Leaving Certificate Examination, 1916
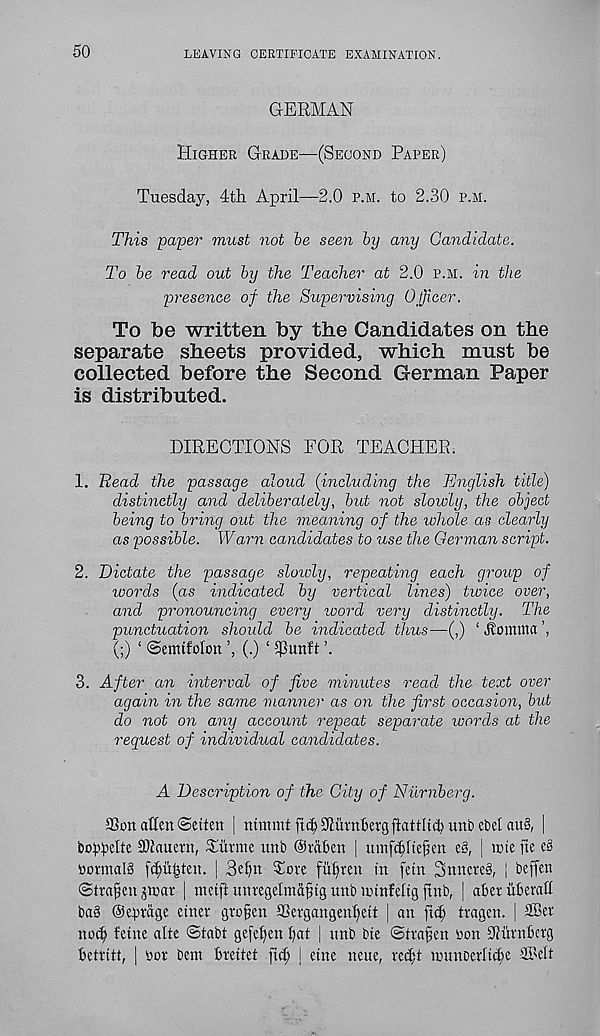
50
LEAVING CERTIFICATE EXAMINATION.
GERMAN
Higher Grade—(Second Paper)
Tuesday, 4th April—2.0 p.m. to 2.30 p.m.
This paper must not be seen by any Candidate.
To be read out by the Teacher at 2.0 p.m. in the
presence of the Supervising Officer.
To be written by the Candidates on the
separate sheets provided, which must be
collected before the Second German Paper
is distributed.
DIRECTIONS FOR TEACHER.
1. Bead the passage aloud (including the English title)
distinctly and deliberately, but not slowly, the object
being to bring out the meaning of the whole as clearly
as possible. Wam candidates to use the German script.
2. Dictate the passage slowly, repeating each group of
words (as indicated by vertical lines) tivice over,
and pronouncing every word very distinctly. The
punctuation should be indicated thus—(,) ‘ Jtoirttttrt
(■) ‘ ©emifolon (.) ‘ $un!t ’.
3. After an interval of five minutes read the text over
again in the same manner as on the first occasion, but
do not on any account repeat separate words at the
request of individual candidates.
A Description of the City of Nurnberg.
aSon alien (Seiten | ntmmt fid) Slumtergftattltd) unb ebel au§, |
bt>f4>elte SDiauetn, Turine unt> ©rafien j umfc^ftejien e§, | uue fie c§
ttotmalS fdjuijten. J 3elfn Tore fuffren in fern SnncreS, j beffen
©trafien jioar | metji unregelmaftg unb lotnfeltg ftnb, J aber uberah
bag ©enrage einer grofen SSergangenl^ett J an fid) tragen. j £Ber
nod? feme alte ©tabt gefeljen bat | unb bte ©tra^en oon Oiurnberg
betritt, | »or bent breitet ficb | etne ncue, refbt uuntDcrit^e ©eft